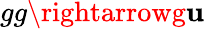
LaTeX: gg\rightarrowg\mathbf{u}